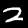
Label: 2